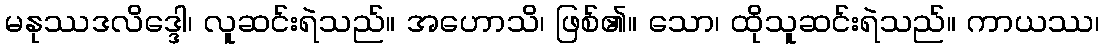
မနုဿဒလိဒ္ဒေါ၊ လူဆင်းရဲသည်။ အဟောသိ၊ ဖြစ်၏။ သော၊ ထိုသူဆင်းရဲသည်။ ကာယဿ၊